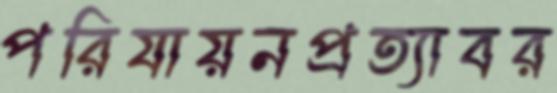
পরিযায়নপ্রত্যাবর